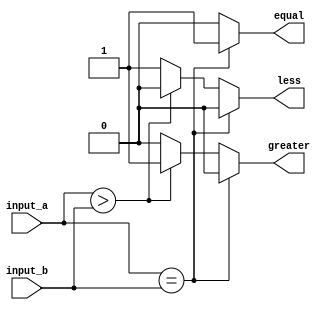
module parameterized_comparator #(
    parameter N = 8  // Default width of 8 bits
) (
    input  wire [N-1:0] input_a,  // Input A
    input  wire [N-1:0] input_b,  // Input B
    output reg  equal,             // Signal for equality
    output reg  greater,           // Signal for greater than
    output reg  less               // Signal for less than
);

// Always block triggered by changes in input_a or input_b
always @ (input_a, input_b) begin
    // Non-blocking assignment for output signals
    if (input_a == input_b) begin
        equal <= 1'b1;
        greater <= 1'b0;
        less <= 1'b0;
    end else if (input_a > input_b) begin
        equal <= 1'b0;
        greater <= 1'b1;
        less <= 1'b0;
    end else begin
        equal <= 1'b0;
        greater <= 1'b0;
        less <= 1'b1;
    end
end

endmodule